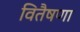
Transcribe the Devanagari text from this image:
वितैषणा